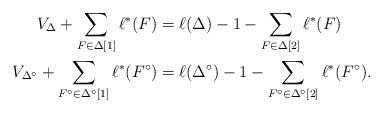
LaTeX: \begin{align*}V_\Delta + \sum_{F \in \Delta[1]}\ell^*(F) &= \ell(\Delta) - 1 - \sum_{F \in \Delta[2]}\ell^*(F) \\V_{\Delta^\circ} + \sum_{F^\circ \in \Delta^\circ[1]}\ell^*(F^\circ) &= \ell(\Delta^\circ) - 1 - \sum_{F^\circ \in \Delta^\circ[2]}\ell^*(F^\circ).\end{align*}